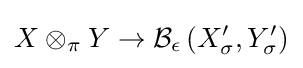
X\otimes _{\pi }Y\to {\mathcal {B}}_{\epsilon }\left(X_{\sigma }^{\prime },Y_{\sigma }^{\prime }\right)